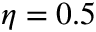
\eta = 0 . 5